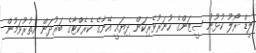
ލީޑް ރޯލު ކުޅުނު ސީޒަންގެ ހުނަރުވެރިކަން ދިޔައީ އޭނާގެ ކެރެކްޓާގެ ބަރުދަން އިތުރުވަމުން